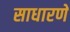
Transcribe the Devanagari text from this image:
साधारणे